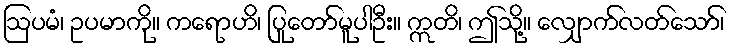
ဩပမံ၊ ဥပမာကို။ ကရောဟိ၊ ပြုတော်မူပါဦး။ ဣတိ၊ ဤသို့။ လျှောက်လတ်သော်၊